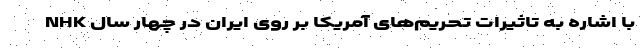
NHK با اشاره به تاثیرات تحریم‌های آمریکا بر روی ایران در چهار سال